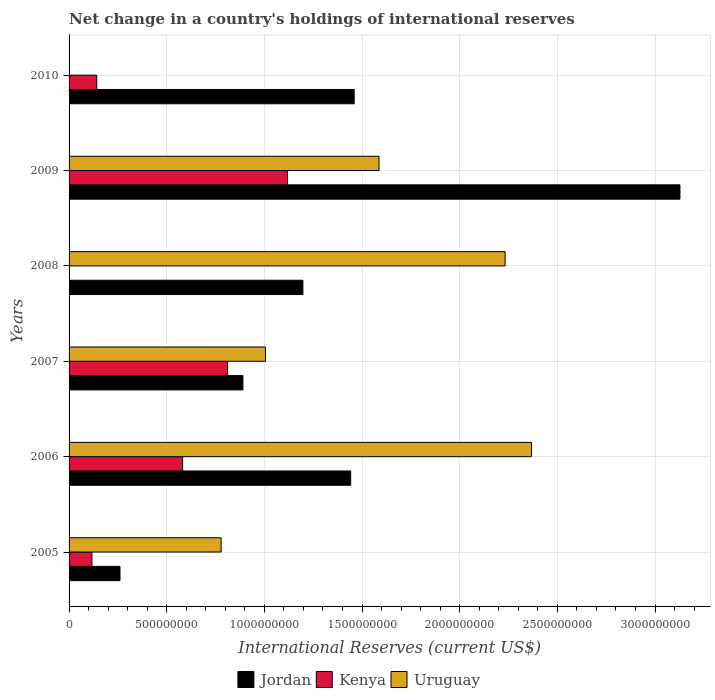
| Years | Jordan | Kenya | Uruguay |
 | --- | --- | --- | --- |
 | 2005 | 2.61e+08 | 1.17e+08 | 7.78e+08 |
 | 2006 | 1.44e+09 | 5.81e+08 | 2.37e+09 |
 | 2007 | 8.9e+08 | 8.11e+08 | 1.01e+09 |
 | 2008 | 1.2e+09 | -4.95e+08 | 2.23e+09 |
 | 2009 | 3.13e+09 | 1.12e+09 | 1.59e+09 |
 | 2010 | 1.46e+09 | 1.42e+08 | -3.62e+08 |